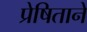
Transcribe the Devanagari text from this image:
प्रेषिताने